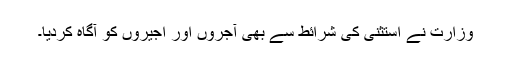
وزارت نے استثنیٰ کی شرائط سے بھی آجروں اور اجیروں کو آگاہ کردیا۔